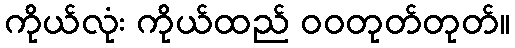
ကိုယ်လုံး ကိုယ်ထည် ဝဝတုတ်တုတ်။